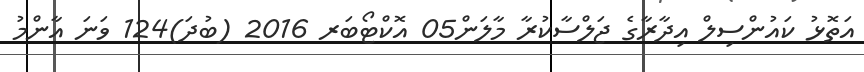
އަތޮޅު ކައުންސިލް އިދާރާގެ ޖަލްސާކުރާ މާލަން05 އޮކްޓޯބަރ 2016 (ބުދަ)124 ވަނަ އާންމު